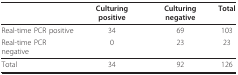
|  | Culturing positive | Culturing negative | Total |
 | --- | --- | --- | --- |
 | Real-time PCR positive | 34 | 69 | 103 |
 | Real-time PCR negative | 0 | 23 | 23 |
 | Total | 34 | 92 | 126 |